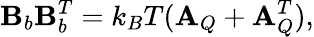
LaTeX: \mathbf{B}_{b}\mathbf{B}_{b}^{T}=k_{B}T(\mathbf{A}_{Q}+\mathbf{A}_{Q}^{T}),